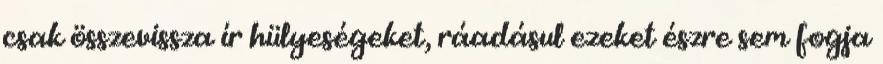
csak összevissza ír hülyeségeket, ráadásul ezeket észre sem fogja